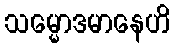
သမ္မောဒမာနေဟိ